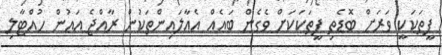
ފީތަކަކީ ވަރަށް ބޮޑެތި ފީތަކަކަށް ވެގެން ބައެއް އެއާލައިންތަކުން ރާއްޖެ އައުން ހުއްޓާލި